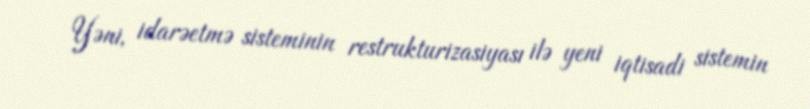
Yəni, idarəetmə sisteminin restrukturizasiyası ilə yeni iqtisadi sistemin